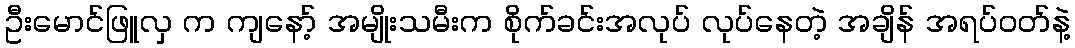
ဦးမောင်ဖြူလှ က ကျနော့် အမျိုးသမီးက စိုက်ခင်းအလုပ် လုပ်နေတဲ့ အချိန် အရပ်ဝတ်နဲ့